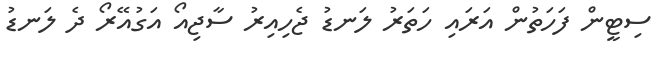
ސިޓީން ފަހަތުން އަރައި ހަތަރު ލަނޑު ޖެހިއިރު ސާޖިއޯ އަގުއޭރޯ ދެ ލަނޑު